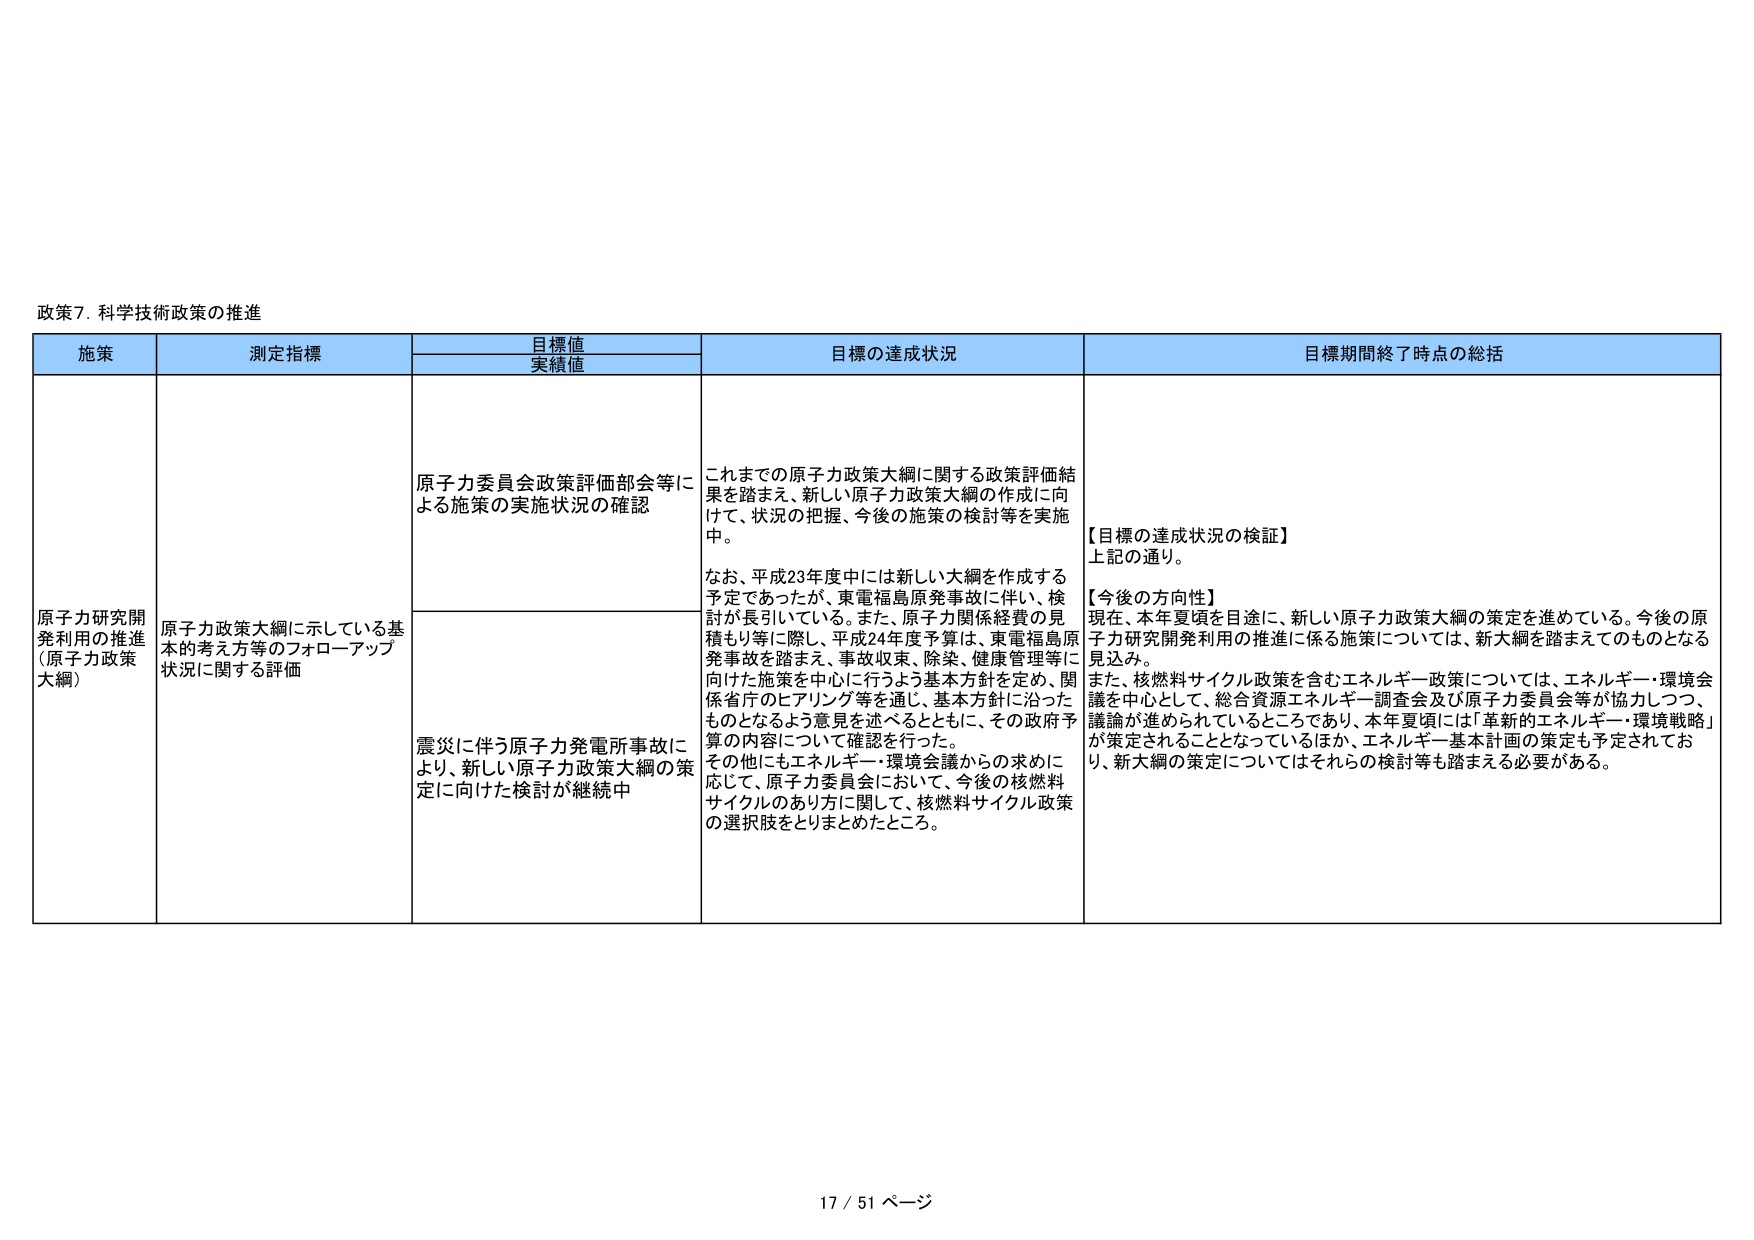
政策7. 科学技術政策の推進

施策